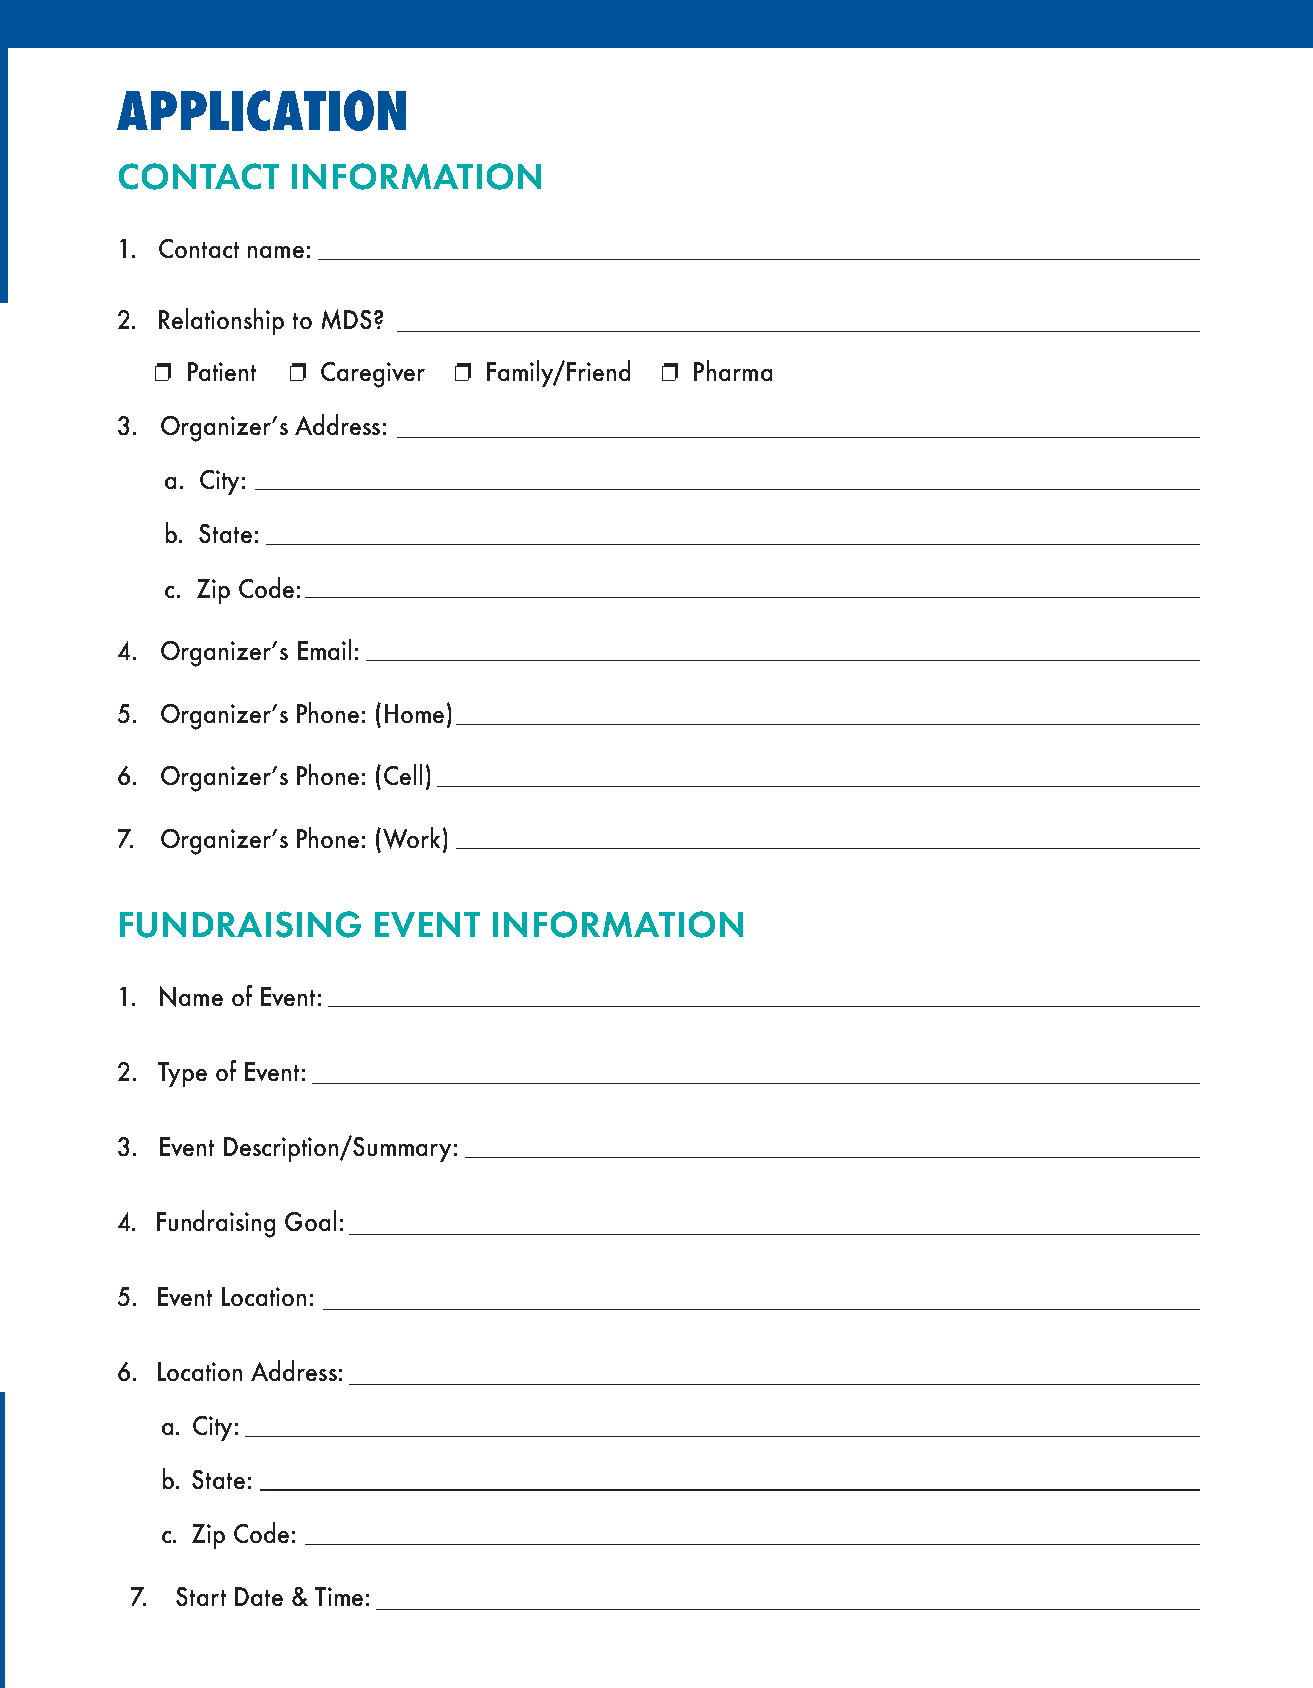
APPLICATION
 CONTACT    INFORMATION
 1. Contact name:
 2. Relationship to MDS?
 p Patient p Caregiver p Family/Friend p Pharma
 3. Organizer’s Address:
 a. City:
 b. State:
 c. Zip Code:
 4. Organizer’s Email:
 5. Organizer’s Phone: (Home)
 6. Organizer’s Phone: (Cell)
 7. Organizer’s Phone: (Work)
 FUNDRAISING      EVENT  INFORMATION
 1. Name of Event:
 2. Type of Event:
 3. Event Description/Summary:
 4. Fundraising Goal:
 5. Event Location:
 6. Location Address:
 a. City:
 b. State:
 c. Zip Code:
 07. Start Date & Time: